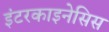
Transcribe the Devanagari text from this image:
इंटरकाइनेसिस